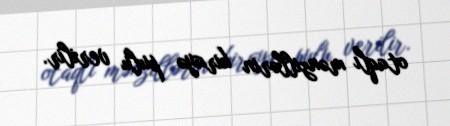
otaqlı mənzillərin kirayə pulu verilir.